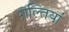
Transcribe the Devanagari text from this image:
ग़ल्तियां